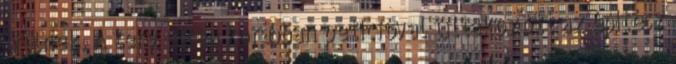
örülnek. A terv ellen korábban petícióval tiltakozott az építész